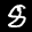
Label: 8